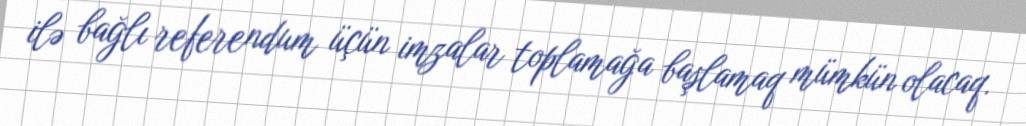
ilə bağlı referendum üçün imzalar toplamağa başlamaq mümkün olacaq.